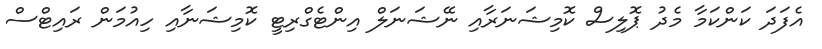
އެފަދަ ކަންކަމާ މެދު ޕޮލިސް ކޮމިޝަނަރާއި ނޭޝަނަލް އިންޓެގްރިޓީ ކޮމިޝަނާއި ހިއުމަން ރައިޓްސް